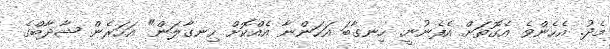
މެދު. އެހެންވެ އެގޮތަށް އެފެނުނީ. ހިނގާބަ އަހަންނާ އެއްކޮށް ހިނގާލަން" އަހަރެން ޝާދާބްގެ